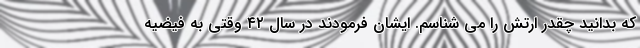
که بدانید چقدر ارتش را می شناسم. ایشان فرمودند در سال ۴۲ وقتی به فیضیه